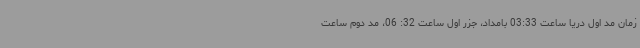
زمان مد اول دریا ساعت 03:33 بامداد، جزر اول ساعت 32: 06، مد دوم ساعت